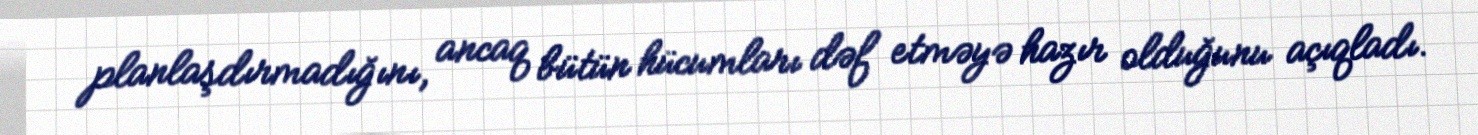
planlaşdırmadığını, ancaq bütün hücumları dəf etməyə hazır olduğunu açıqladı.